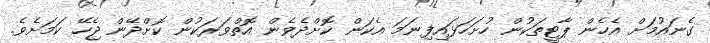
ގެނައުމަށް އެހެން ޕާޓީތަކުން ހުށަހަޅައިފިނަމަ އެކަން ކޮށްދެވެން އޮތްވަރަކުން ކޮށްދޭން ޖެހޭ ކަމަށެވެ.